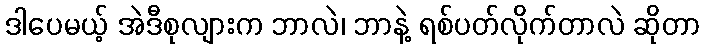
ဒါပေမယ့် အဲဒီစုလျားက ဘာလဲ၊ ဘာနဲ့ ရစ်ပတ်လိုက်တာလဲ ဆိုတာ